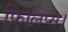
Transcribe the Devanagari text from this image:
फ़िलिप्स।